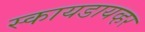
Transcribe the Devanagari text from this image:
स्कायडायव्हर